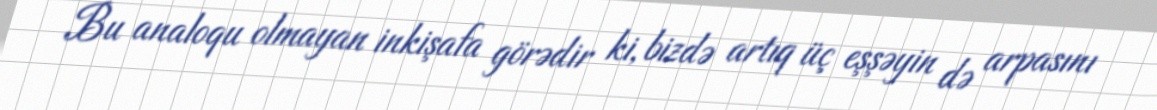
Bu analoqu olmayan inkişafa görədir ki, bizdə artıq üç eşşəyin də arpasını